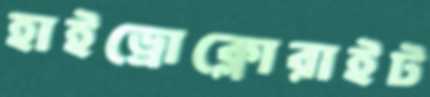
হাইড্রোক্লোরাইট